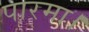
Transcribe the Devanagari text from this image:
पारमा।